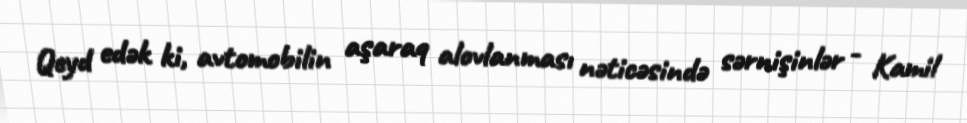
Qeyd edək ki, avtomobilin aşaraq alovlanması nəticəsində sərnişinlər - Kamil